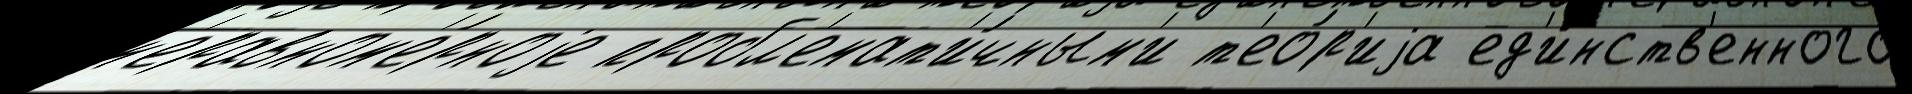
н'еравном'е́рноjе пробл'емат'и́чным'и т'ео́р'иjа ед'и́нств'енного